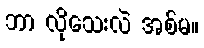
ဘာ လိုသေးလဲ အစ်မ။